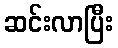
ဆင်းလာပြီး